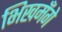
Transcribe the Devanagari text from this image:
भिखमँगे